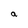
Character: a